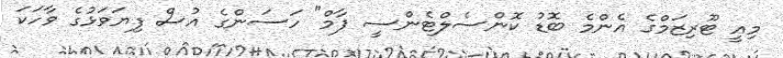
މިއީ ޓޫރިޒަމްގެ އެންމެ ބޮޑު ކޮންސެލްޓެންސީ ފާމް" ހަސަންގެ އުސް ފިޔަވަޅުގެ ވާހަކަ